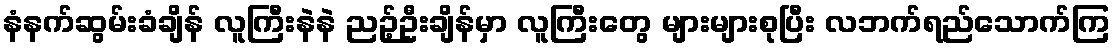
နံနက်ဆွမ်းခံချိန် လူကြီးနဲနဲ ညဉ့်ဦးချိန်မှာ လူကြီးတွေ များများစုပြီး လဘက်ရည်သောက်ကြ